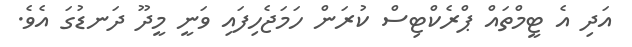
އަދި އެ ޓީމްތައް ޕްރެކްޓިސް ކުރަން ހަމަޖެހިފައި ވަނީ މީދޫ ދަނޑުގަ އެވެ.